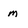
Character: m